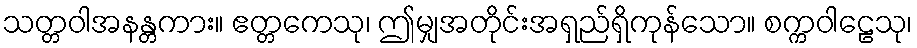
သတ္တဝါအနန္တကား။ ဧတ္တကေသု၊ ဤမျှအတိုင်းအရှည်ရှိကုန်သော။ စက္ကဝါဠေသု၊